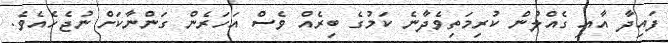
ފައިދާ އާއި ގެއްލުން ކުރިމަތިވެދާނެ ކަމުގެ ބިރެއް ވެސް އަހަރެން ގަންނާކަށް ނުޖެހެއެވެ.